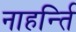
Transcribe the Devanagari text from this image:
नाहर्न्ति